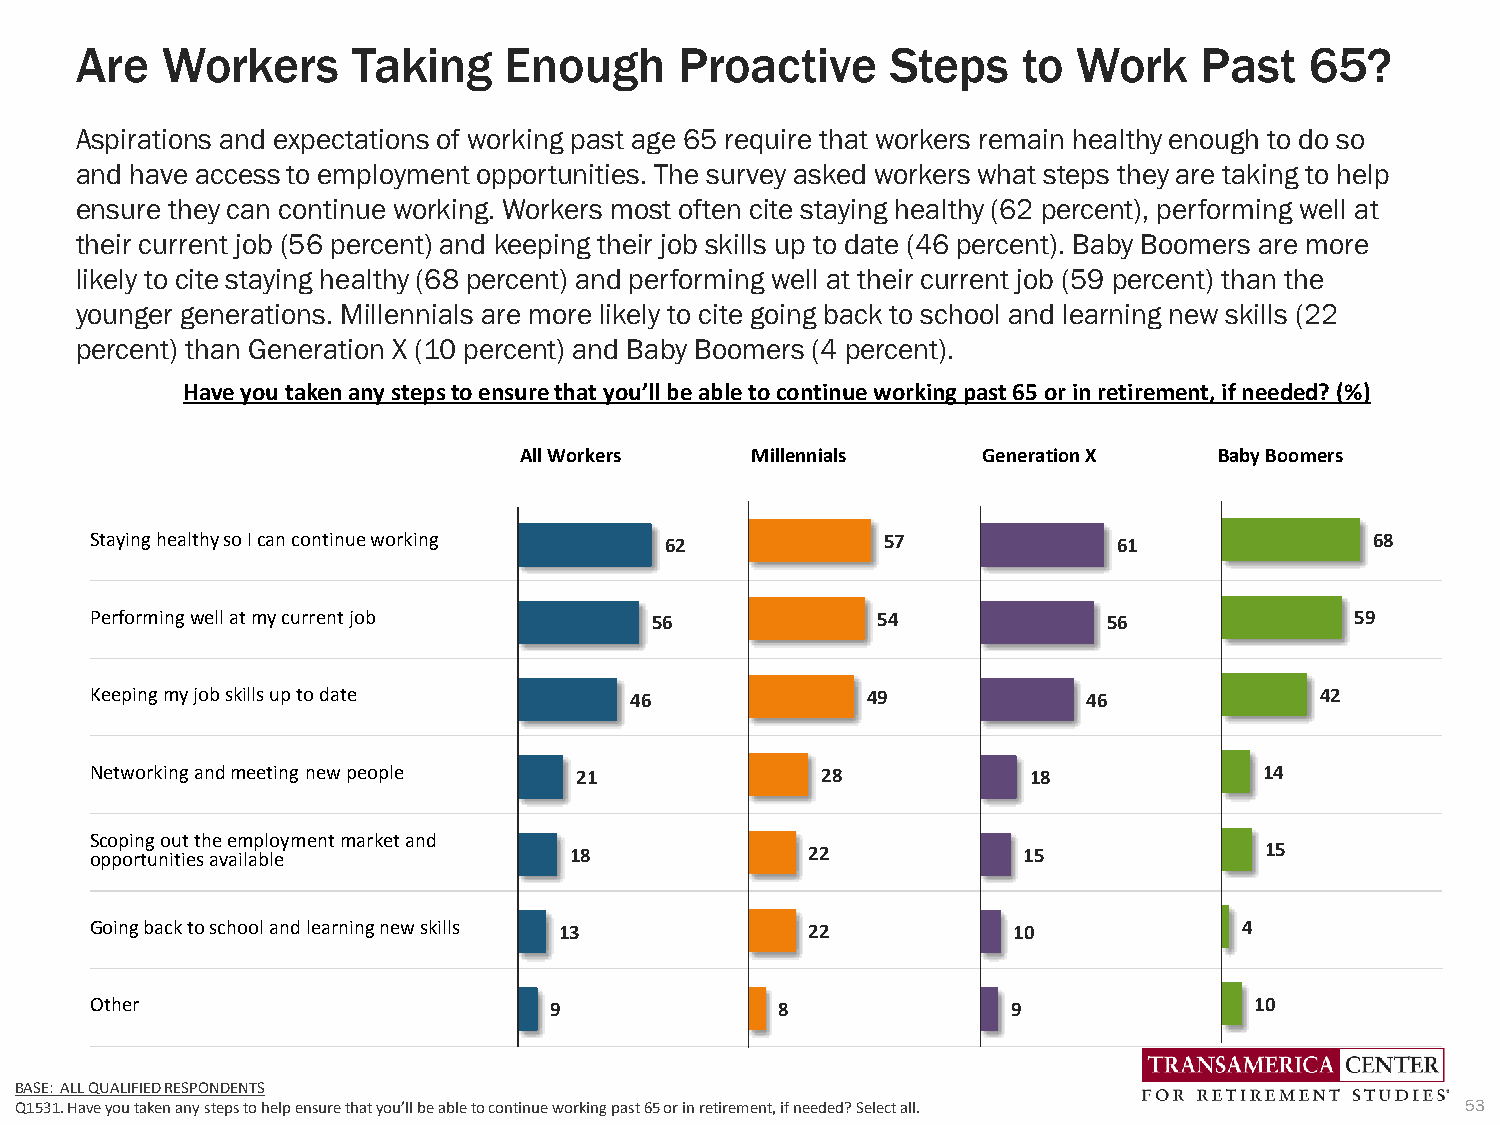
Are   Workers     Taking    Enough      Proactive     Steps    to Work    Past    65?
 Aspirations and expectations of working past age 65 require that workers remain healthy enough to do so
 and have access to employment opportunities. The survey asked workers what steps they are taking to help
 ensure they can continue working. Workers most often cite staying healthy (62 percent), performing well at
 their current job (56 percent) and keeping their job skills up to date (46 percent). Baby Boomers are more
 likely to cite staying healthy (68 percent) and performing well at their current job (59 percent) than the
 younger generations. Millennials are more likely to cite going back to school and learning new skills (22
 percent) than Generation X (10 percent) and Baby Boomers (4 percent).
 Have you taken any steps to ensure that you’ll be able to continue working past 65 or in retirement, if needed? (%)
 All Workers     Millennials    Generation X    Baby Boomers
 Staying healthy so I can continue working 62         57             61               68
 Performingwell at my current job     56             54             56               59
 Keeping my job skills up to date    46             49             46             42
 Networking and meeting new people 21            28            18              14
 Scoping out the employment market and
 opportunities available         18              22            15              15
 Going back to school and learning new skills 13 22           10             4
 Other                         9               8              9               10
 BASE: ALL QUALIFIED RESPONDENTS
 Q1531. Have you taken any steps to help ensure that you’ll be able to continue working past 65 or in retirement, if needed? Select all. 53